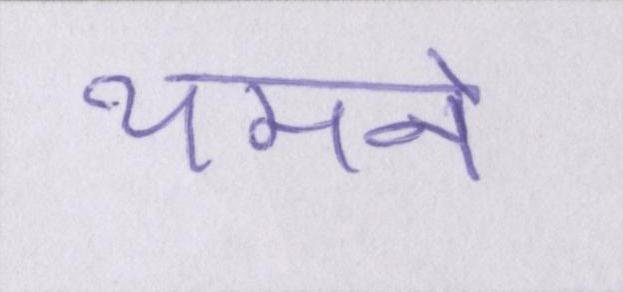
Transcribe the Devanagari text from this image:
थमने